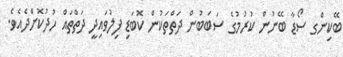
ބޭކިންގ ސޯޑާ ބޭނުން ކުރުމުގެ ސަބަބުން ދަތްތަކުން ކޮބަޑި ފިލުވައިދީ ދަތްތައް ހުދުކޮށްދެއެވެ.